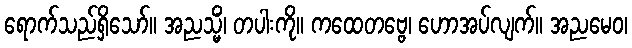
ရောက်သည်ရှိသော်။ အညသ္မိံ၊ တပါးကို။ ကထေတဗ္ဗေ၊ ဟောအပ်လျက်။ အညမေဝ၊